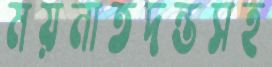
ময়নাতদন্তসহ